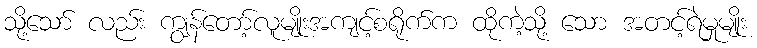
သို့သော် လည်း ကျွန်တော့်လူမျိုးအကျင့်စရိုက်က ထိုကဲ့သို့ သော အတင့်ရဲမှုမျိုး